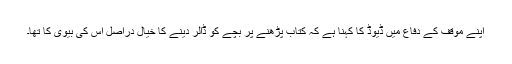
اپنے موقف کے دفاع میں ڈیوڈ کا کہنا ہے کہ کتاب پڑھنے پر بچے کو ڈالر دینے کا خیال دراصل اس کی بیوی کا تھا۔